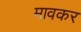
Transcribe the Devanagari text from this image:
मावकर